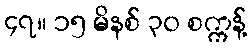
၄၇။ ၁၅ မိနစ် ၃၀ စက္ကန့်